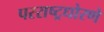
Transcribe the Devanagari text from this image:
परराष्ट्रधोरणे